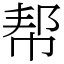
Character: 帮